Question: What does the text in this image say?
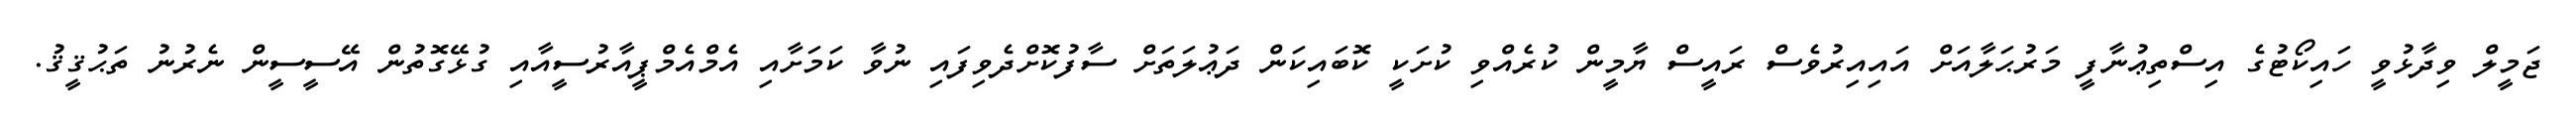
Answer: ޖަމީލް ވިދާޅުވީ ހައިކޯޓުގެ އިސްތިޢުނާފީ މަރުޙަލާއަށް އައިއިރުވެސް ރައީސް ޔާމީން ކުރެއްވި ކުށަކީ ކޮބައިކަން ދަޢުލަތަށް ސާފުކޮށްދެވިފައި ނުވާ ކަމަށާއި އެމްއެމްޕީއާރުސީއާއި ގުޅޭގޮތުން އޭސީސީން ނެރުނު ތަޙުޤީޤު.